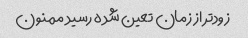
زودتر از زمان تعین شده رسید ممنون